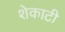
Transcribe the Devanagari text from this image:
शेकाटी